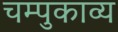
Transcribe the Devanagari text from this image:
चम्पुकाव्य